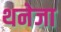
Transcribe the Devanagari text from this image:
थनेजा